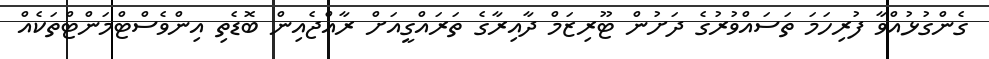
ގެންގުޅުއްވާ ފުރިހަމަ ތަސައްވުރުގެ ދަށުން ޓޫރިޒަމް ދާއިރާގެ ތަރައްގީއަށް ރާއްޖެއިން ބޮޑެތި އިންވެސްޓްމަންޓްތަކެެއް